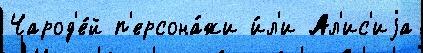
Чарод'е́й п'ерсона́жи и́л'и Ал'ис'иjа